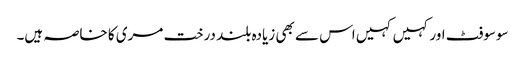
سوسوفٹ اور کہیں کہیں اس سے بھی زیادہ بلند درخت مری کا خاصہ ہیں۔